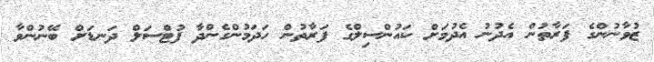
ޒުވާނުންގެ ފަރާތުން އެދުނު އެދުމަށް ކައުންސިލްގެ ފަރާތުން ހަދަމުންގެންދާ ފުޓްސަލް ދަނޑަށް ބޭނުންވާ